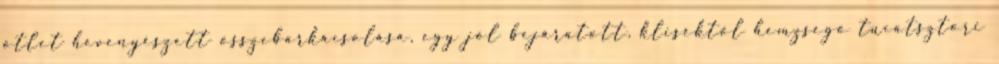
ötlet hevenyészett összebarkácsolása, egy jól bejáratott, kliséktől hemzsegő tucatsztori